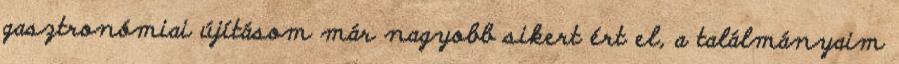
gasztronómiai újításom már nagyobb sikert ért el, a találmányaim